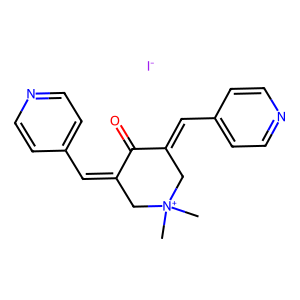
SMILES: C[N+]1(C)CC(=Cc2ccncc2)C(=O)C(=Cc2ccncc2)C1.[I-]
Inhibits HIV replication: No